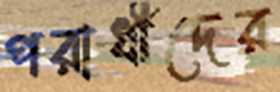
পরাধীদের